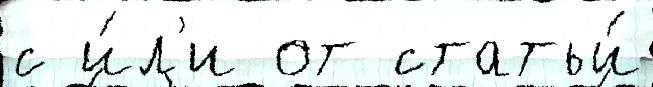
с и́л'и от статьи́